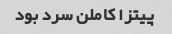
پیتزا کاملن سرد بود